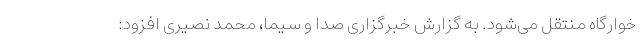
خوارگاه منتقل می‌شود. به گزارش خبرگزاری صدا و سیما، محمد نصیری افزود: